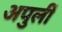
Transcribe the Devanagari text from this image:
अपुलीं